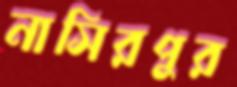
নাসিরপুর